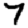
Digit: 7